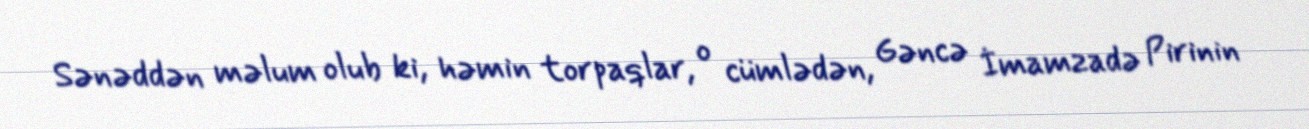
Sənəddən məlum olub ki, həmin torpaqlar, o cümlədən, Gəncə İmamzadə Pirinin